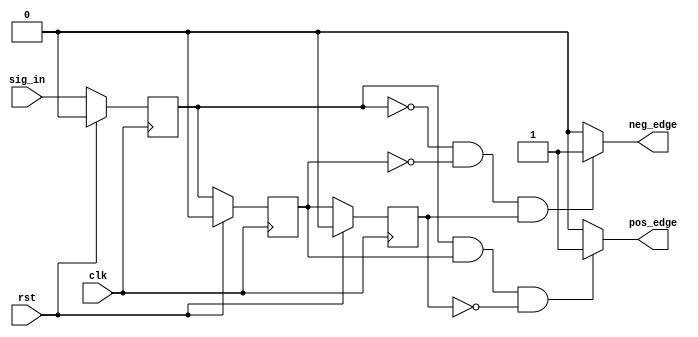
module mst_c_1(
    input  clk,
    input  rst,
    input  sig_in,
    output pos_edge,
    output neg_edge
);

    reg sig_r1;
    reg sig_r2;
    reg sig_r3;

    always @(posedge clk) begin
        if (rst) begin
            sig_r1 <= 1'b0;
            sig_r2 <= 1'b0;
            sig_r3 <= 1'b0;
        end
        else begin
            sig_r1 <= sig_in;
            sig_r2 <= sig_r1;
            sig_r3 <= sig_r2;
        end
    end

    assign pos_edge = ( sig_r1 &&  sig_r2 && !sig_r3) ? 1'b1 : 1'b0;
    assign neg_edge = (~sig_r1 && ~sig_r2 &&  sig_r3) ? 1'b1 : 1'b0;

endmodule